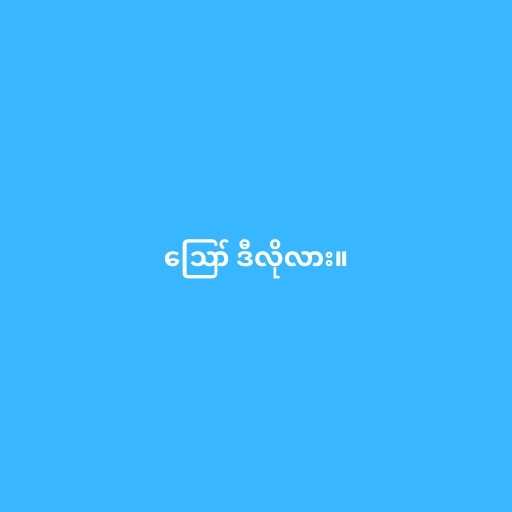
ဪ ဒီလိုလား။